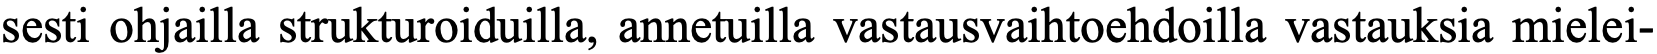
sesti ohjailla strukturoiduilla, annetuilla vastausvaihtoehdoilla vastauksia mielei-